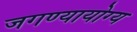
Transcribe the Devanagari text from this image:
जगण्यायोग्य